Annual report on the working of the mental hospitals in the Madras Presidency - 1912-1932
Year: 1912
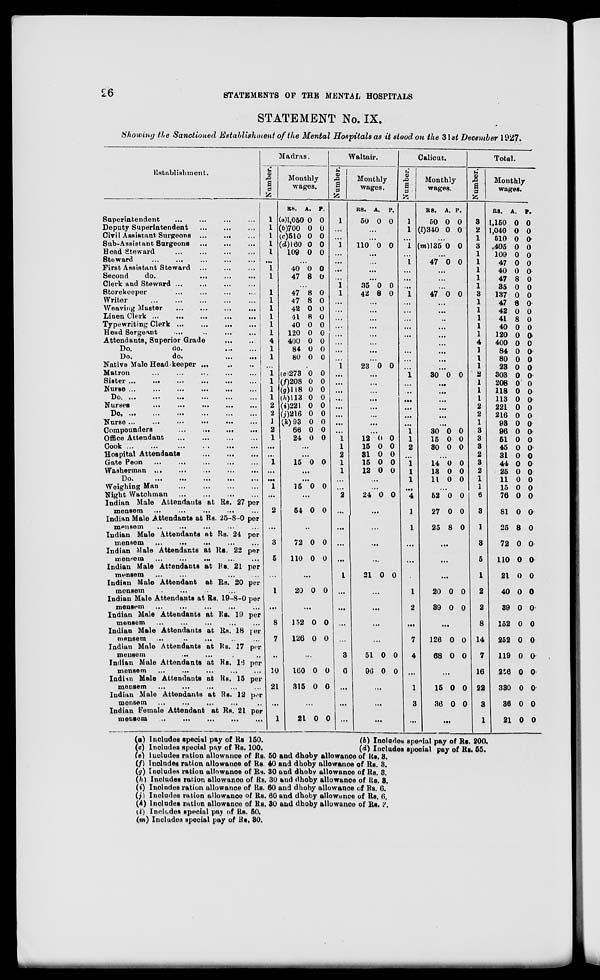
26
STATEMENTS OF THE MENTAL HOSPITALS
STATEMENT No. IX.
Showing the Sanctioned Establishment of the Mental Hospitals as it stood on the 31st December 1927.
Establishment.
Superintendent ... ... ... ...
Deputy Superintendent ... ... ...
Civil Assistant Surgeons ...
...
...
Sub-Assistant Surgeons
...
...
...
Head Steward ... ... ... ...
Steward
...
...
...
...
...
First Assistant Steward ... ... ...
Second
do.
...
...
...
Clerk and Steward ... ... ... ...
Storekeeper
... ... ... ...
Writer
...
...
...
...
...
Weaving Master
...
...
...
...
Linen Clerk ... ... ... ... ...
Typewriting Clerk ...
...
...
...
Head Sergeant
...
...
...
...
Attendants, Superior Grade
...
...
Do.
do. ... ...
Do.
do.
...
...
Native Male Head keeper ... ... ...
Matron
...
...
...
...
...
Sister ...
...
... ... ... ...
Nurse ...
...
...
...
...
...
Do. ...
...
...
...
...
...
Nurses ... ... ... ... ...
Do. ... ... ... ... ... ...
Nurse ... ... ... ... ... ...
Compounders
...
...
...
...
Office Attendant
...
...
...
...
Cook ... ... ... ... ... ...
Hospital Attendants
...
...
...
Gate Peon
...
...
...
...
...
Washerman
...
...
...
...
...
Do.
...
...
...
...
...
Weighing Man
...
...
...
...
Night Watchman
...
...
...
...
Indian Male Attendants at Rs. 27 per
mensem
...
...
... ... ...
Indian Male Attendants at Rs. 25-8-0 per
mensem ... ... ...
...
...
Indian Male Attendants at Rs. 24 per
mensem
... ... ... ... ...
Indian Male Attendants at Rs. 22 per
mensem
...
...
...
...
...
Indian Male Attendants at Rs. 21 per
mensem ... ... ... ... ... ...
Indian Male Attendant at Rs. 20 per
mensem ... ... ... ...
Indian Male Attendants at Rs. 19-8-0 per
mensem ... ... ... ... ...
Indian Male Attendants at Rs. 19 per
mensem ... ... ... ... ...
Indian Male Attendants at Rs. 18 per
mensem
... ... ... ... ...
Indian Male Attendants at Rs. 17 per
mensem ... ... ... ... ...
Indian Male Attendants at Rs. 16 per
mensem ... ... ... ... ...
Indian Male Attendants at Rs. 15 per
mensem
... ... ...
... ... ...
Indian Male Attendants at Rs. 12 per
mensem ... ... ... ... ...
Indian Female Attendant at Rs. 21 per
mensem
...
...
...
...
...
Madras.
Number.
1
1
1
1
1
...
1
1
1
1
1
1
1
1
4
1
1
...
1
1
1
1
2
2
1
2
1
...
...
1
...
...
1
...
2
...
3
5
...
1
...
8
7
...
10
21
...
1
Monthly
wages.
RS.
(a)1,050
(b)700
(c)510
(d)160
109
A.
0
0
0
0
0
P.
0
0
0
0
0
...
40
47
0
8
0
0
...
47
47
42
41
40
120
400
84
80
8
8
0
8
0
0
0
0
0
0
0
0
0
0
0
0
0
0
...
(e)273
(f)208
(g)118
(h)113
(i)221
(j)2l6
(k)93
66
24
0
0
0
0
0
0
0
0
0
0
0
0
0
0
0
0
0
0
...
...
15 0 0
...
...
15 0 0
...
54 0 0
...
72
110
0
0
0
0
...
20 0 0
...
152
126
0
0
0
0
...
160
315
0
0
0
0
...
21 0
0
Waltair.
Number.
1
...
...
1
...
...
...
...
1
1
...
...
...
...
...
...
...
...
1
...
...
...
...
...
...
...
...
1
1
2
1
1
...
...
2
...
...
...
...
1
...
...
...
...
3
0
...
...
...
Monthly
wages.
RS.
50
A.
0
P.
0
...
...
110 0 0
...
...
...
...
35
42
0
8
0
0
...
...
...
...
...
...
...
...
23 0
0
...
...
...
...
...
...
...
...
12
15
31
15
12
0
0
0
0
0
0
0
0
0
0
...
...
24 0 0
...
...
...
...
21 0 0
...
...
...
...
51
96
0
0
0
0
...
...
...
Calicut.
Number.
1
1
...
1
...
1
...
...
...
1
...
...
...
...
...
...
...
...
...
1
...
...
...
...
...
...
1
1
2
...
1
1
1
...
4
1
1
...
...
...
1
2
...
7
4
...
1
3
...
Monthly
wages.
RS.
50
(l)340
A.
0
0
P.
0
0
...
(m)135 0 0
...
47 0 0
...
...
...
47 0 0
...
...
...
...
...
...
...
...
...
30 0 0
...
...
...
...
...
...
30
15
30
0
0
0
0
0
0
...
14
13
11
0
0
0
0
0
0
...
52
27
25
0
0
8
0
0
0
...
...
...
20
39
0
0
0
0
...
126
68
0
0
0
0
...
15
36
0
0
0
0
...
Total.
Number.
3
2
1
3
47
1
1
1
1
3
1
1
1
1
1
4
1
1
1
2
1
1
1
2
2
1
3
3
3
2
3
2
1
1
6
3
1
3
5
1
2
2
8
14
7
16
22
3
1
Monthly
wages.
RS.
1,150
1,040
510
405
109
47
40
47
35
137
47
42
41
40
120
400
84
80
23
303
208
118
113
221
216
93
96
51
45
31
44
25
11
15
76
81
25
72
110
21
40
39
152
252
119
256
330
36
21
A.
0
0
0
0
0
0
0
8
0
0
8
0
8
0
0
0
0
0
0
0
0
0
0
0
0
0
0
0
0
0
0
0
0
0
0
0
8
0
0
0
0
0
0
0
0
0
0
0
0
P.
0
0
0
0
0
0
0
0
0
0
0
0
0
0
0
0
0
0
0
0
0
0
0
0
0
0
0
0
0
0
0
0
0
0
0
0
0
0
0
0
0
0
0
0
0
0
0
0
0
(a) Includes special pay of Rs 150.
(b) Includes special pay of Rs. 200.
(c) Includes special pay of Rs. 100.
(d) Includes special pay of Rs. 55.
(e) Includes ration allowance of Rs. 50 and dhoby allowance of Rs. 3.
(f) Includes ration allowance of Rs. 40 and dhoby allowance of Rs. 3.
(g) Includes ration allowance of Rs. 30 and dhoby allowance of Rs. 3.
(h) Includes ration allowance of Rs. 30 and dhoby allowance of Rs. 3.
(i) Includes ration allowance of Rs. 60 and dhoby allowance of Rs. 6.
(j) Includes ration allowance of Rs. 60 and dhoby allowance of Rs. 6.
(k) Includes ration allowance of Rs. 30 and dhoby allowance of Rs. 3.
(l) Includes special pay of Rs. 50.
(m) Includes special pay of Rs. 30.